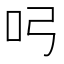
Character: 𭇂